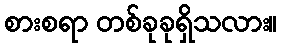
စားစရာ တစ်ခုခုရှိသလား။